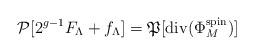
LaTeX: \begin{align*}{\mathcal P}[2^{g-1}F_{\Lambda}+f_{\Lambda}]={\frak P}[{\rm div}(\Phi_{M}^{\rm spin})]\end{align*}